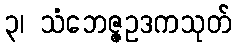
၃၊ သံဘေဇ္ဇဥဒကသုတ်